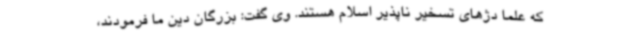
که علما دژهای تسخیر ناپذیر اسلام هستند. وی گفت: بزرگان دین ما فرمودند،